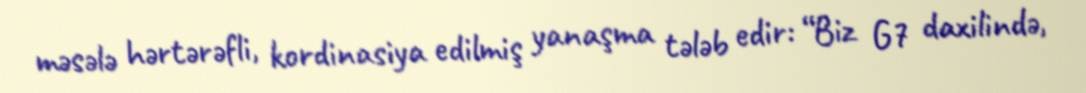
məsələ hərtərəfli, kordinasiya edilmiş yanaşma tələb edir: “Biz G7 daxilində,